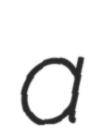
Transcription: a